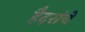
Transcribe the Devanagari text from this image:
हैदरांचे